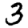
Digit: 3